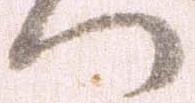
へ